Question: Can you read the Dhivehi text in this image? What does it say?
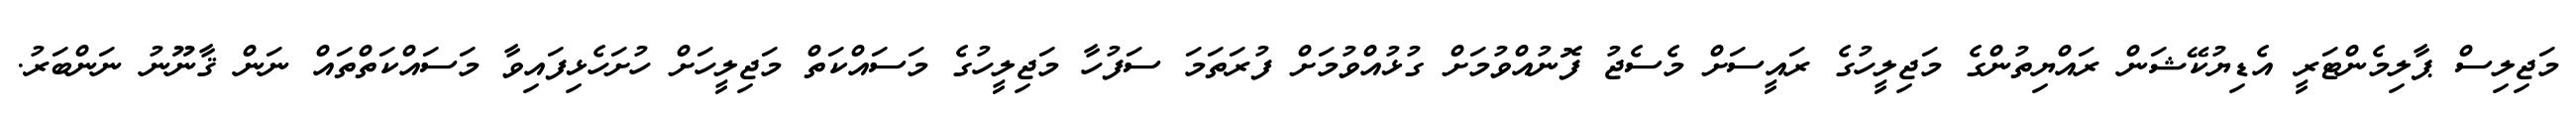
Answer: މަޖިލިސް ޕާލިމެންޓަރީ އެޑިޔުކޭޝަން ރައްޔިތުންގެ މަޖިލީހުގެ ރައީސަށް މެސެޖު ފޮނުއްވުމަށް ގުޅުއްވުމަށް ފުރަތަމަ ސަފުހާ މަޖިލީހުގެ މަސައްކަތް މަޖިލީހަށް ހުށަހެޅިފައިވާ މަސައްކަތްތައް ނަން ޤާނޫނު ނަންބަރު.